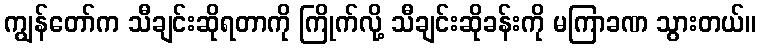
ကျွန်တော်က သီချင်းဆိုရတာကို ကြိုက်လို့ သီချင်းဆိုခန်းကို မကြာခဏ သွားတယ်။